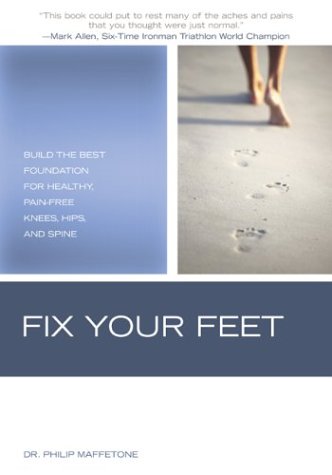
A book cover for Fix Your Feet: Build the Best Foundation for Healthy, Pain-Free Knees, Hips, and Spine; Dr. Phil Maffetone; Health, Fitness & Dieting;